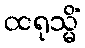
ထရုသ္မိံ